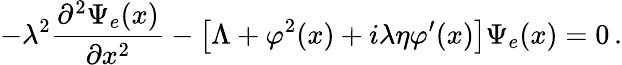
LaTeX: -\lambda^{2}\frac{\partial^{2}\Psi_{e}(x)}{\partial x^{2}}-\left[\Lambda+\varphi^{2}(x)+i\lambda\eta\varphi^{\prime}(x)\right]\Psi_{e}(x)=0\, .